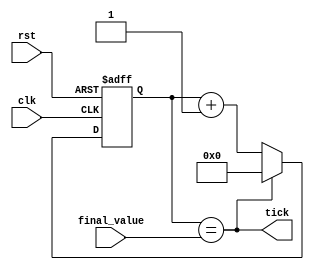
`timescale 1ns / 1ps
//////////////////////////////////////////////////////////////////////////////////
// Company: 
// Engineer: 
// 
// Design Name: 
// Module Name: baud_rate_generatorr
// Project Name: 
// Target Devices: 
// Tool Versions: 
// Description: 
// 
// Dependencies: 
// 
// Revision:
// Revision 0.01 - File Created
// Additional Comments:
// 
//////////////////////////////////////////////////////////////////////////////////


module baud_rate_generator
#(parameter N = 4)
(
input clk,rst,
input [N-1 : 0]final_value,
output tick
);

reg [N-1 : 0] q_reg;
wire [N-1 :0] q_next;

always @(posedge clk, negedge rst)
if (~rst)
q_reg <= 0;
else
q_reg <= q_next;

// next state logic
assign q_next = (q_reg == final_value) ? 0 : q_reg +1 ;

// output tick
assign tick = (q_reg == final_value);

endmodule